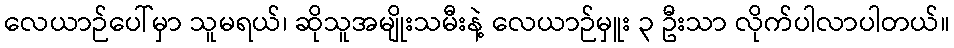
လေယာဉ်ပေါ်မှာ သူမရယ်၊ ဆိုသူအမျိုးသမီးနဲ့ လေယာဉ်မှူး ၃ ဦးသာ လိုက်ပါလာပါတယ်။